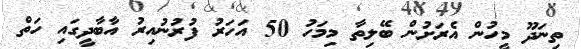
ތިނަދޫ މީހުން އެރަށުން ބޭލިތާ މިމަހު 50 އަހަރު ފުރުނުއިރު އާބާދީގައި ހަތް